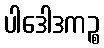
ပါဒေါဒကဉ္စ